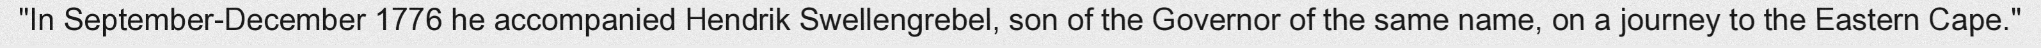
"In September-December 1776 he accompanied Hendrik Swellengrebel, son of the Governor of the same name, on a journey to the Eastern Cape."